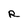
Character: R